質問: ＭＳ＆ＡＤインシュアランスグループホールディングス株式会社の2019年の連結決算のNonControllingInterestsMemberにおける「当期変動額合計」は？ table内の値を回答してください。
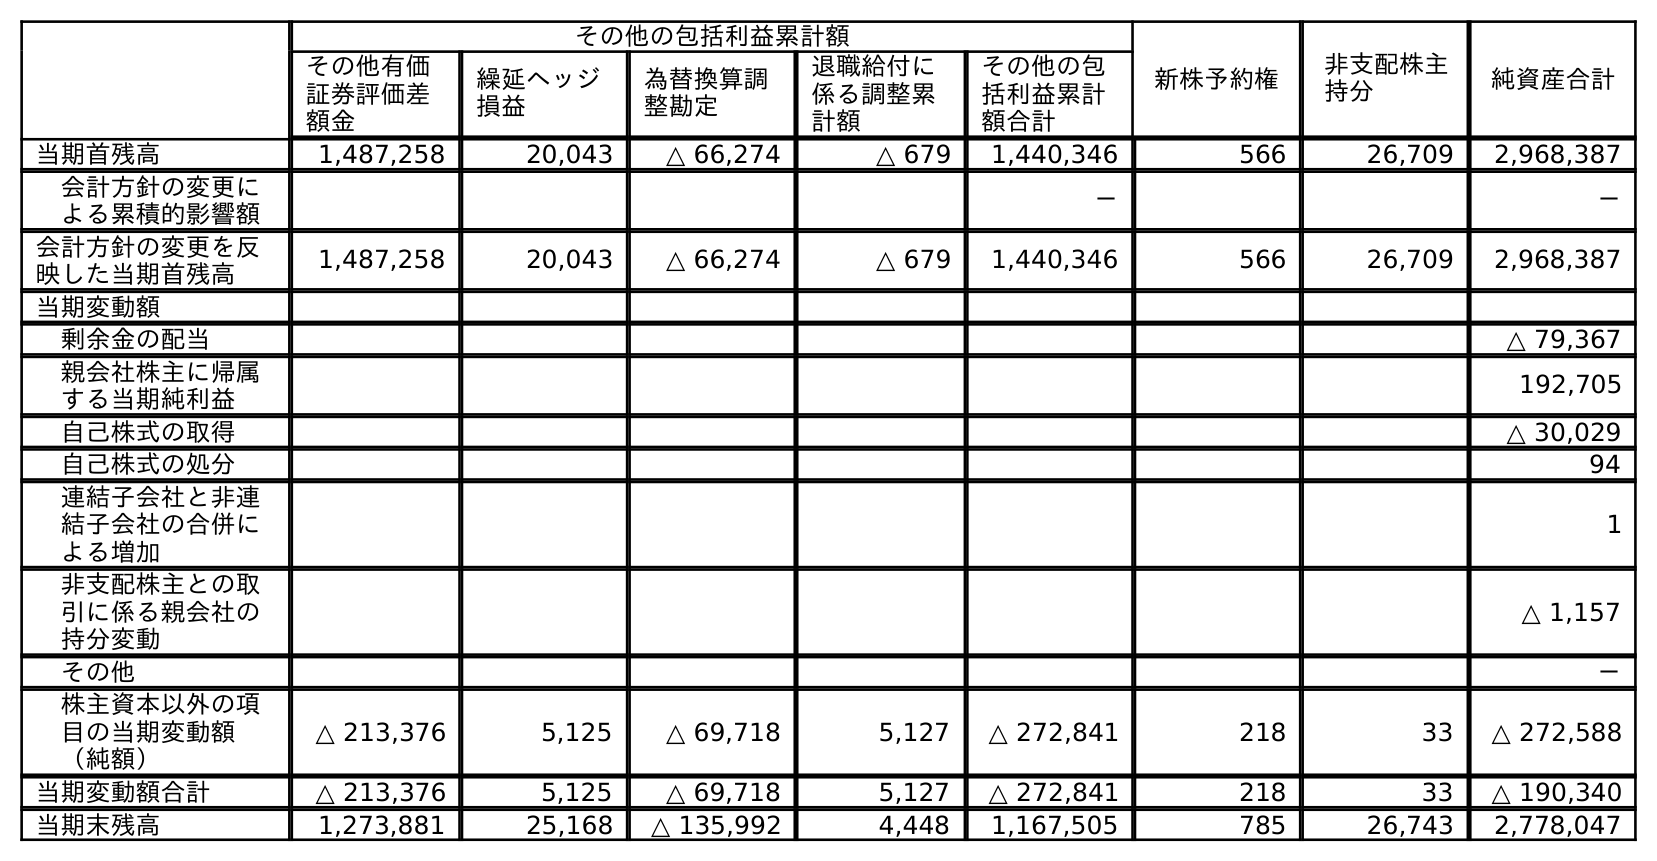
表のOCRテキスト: その他の包括利益累計額 新株予約権 非支配株主 持分 純資産合計 その他有価 証券評価差 額金 繰延ヘッジ 損益 為替換算調 整勘定 退職給付に 係る調整累 計額 その他の包 括利益累計 額合計 当期首残高 1,487,258 20,043 △ 66,274 △ 679 1,440,346 566 26,709 2,968,387 会計方針の変更に よる累積的影響額 － － 会計方針の変更を反 映した当期首残高 1,487,258 20,043 △ 66,274 △ 679 1,440,346 566 26,709 2,968,387 当期変動額 剰余金の配当 △ 79,367 親会社株主に帰属 する当期純利益 192,705 自己株式の取得 △ 30,029 自己株式の処分 94 連結子会社と非連 結子会社の合併に よる増加 1 非支配株主との取 引に係る親会社の 持分変動 △ 1,157 その他 － 株主資本以外の項 目の当期変動額 （純額） △ 213,376 5,125 △ 69,718 5,127 △ 272,841 218 33 △ 272,588 当期変動額合計 △ 213,376 5,125 △ 69,718 5,127 △ 272,841 218 33 △ 190,340 当期末残高 1,273,881 25,168 △ 135,992 4,448 1,167,505 785 26,743 2,778,047
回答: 33